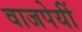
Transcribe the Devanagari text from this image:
वाजपेयीं